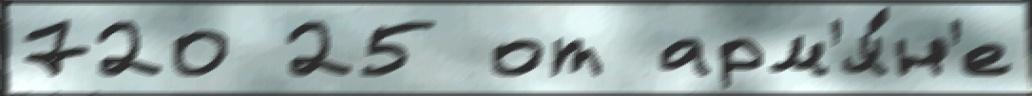
720 25 от арм'я́н'е